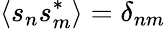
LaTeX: \langle s_{n}s_{m}^{\ast}\rangle=\delta_{nm}